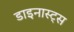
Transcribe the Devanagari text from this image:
डाइनास्ट्स